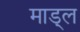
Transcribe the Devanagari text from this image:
माड्ल